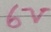
Text: 6V